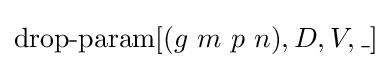
\operatorname {drop-param} [(g\ m\ p\ n),D,V,\_]